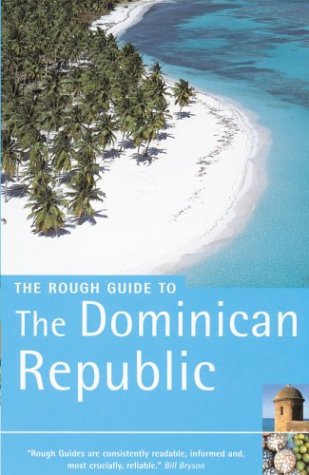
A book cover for The Rough Guide to The Dominican Republic; Sean Harvey; Travel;